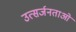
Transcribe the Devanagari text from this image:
उत्सर्जनताओं